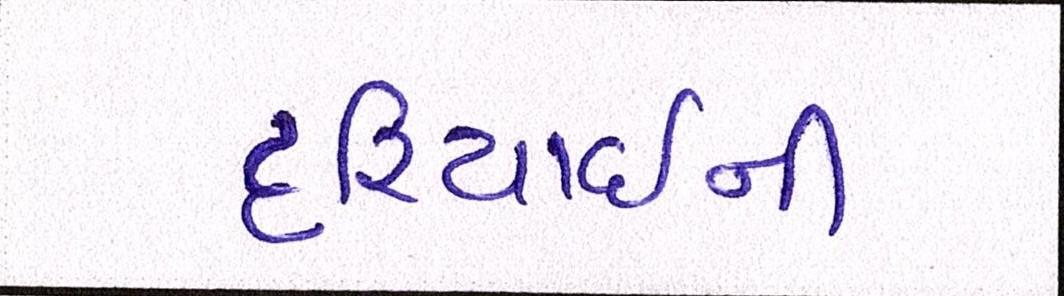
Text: દરિયાઈની